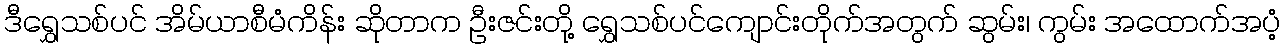
ဒီရွှေသစ်ပင် အိမ်ယာစီမံကိန်း ဆိုတာက ဦးဇင်းတို့ ရွှေသစ်ပင်ကျောင်းတိုက်အတွက် ဆွမ်း၊ ကွမ်း အထောက်အပံ့